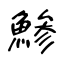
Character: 鯵